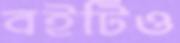
বইটিও